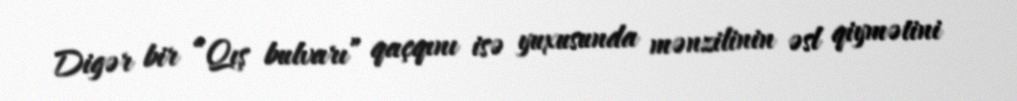
Digər bir “Qış bulvarı” qaçqını isə yuxusunda mənzilinin əsl qiymətini